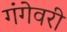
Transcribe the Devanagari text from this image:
गंगेवरी